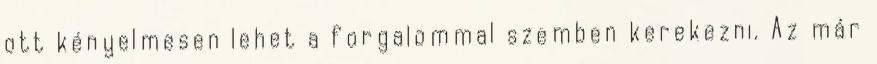
ott kényelmesen lehet a forgalommal szemben kerekezni. Az már